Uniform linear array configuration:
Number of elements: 24
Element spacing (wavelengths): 0.25
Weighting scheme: binomial
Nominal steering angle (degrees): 30
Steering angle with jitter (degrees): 29.822
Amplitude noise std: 0.05
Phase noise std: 0.05

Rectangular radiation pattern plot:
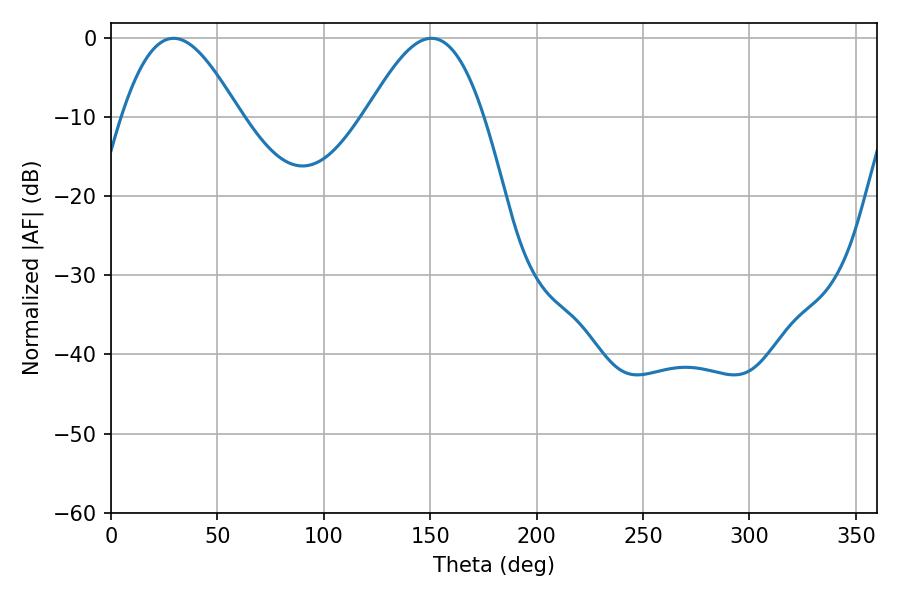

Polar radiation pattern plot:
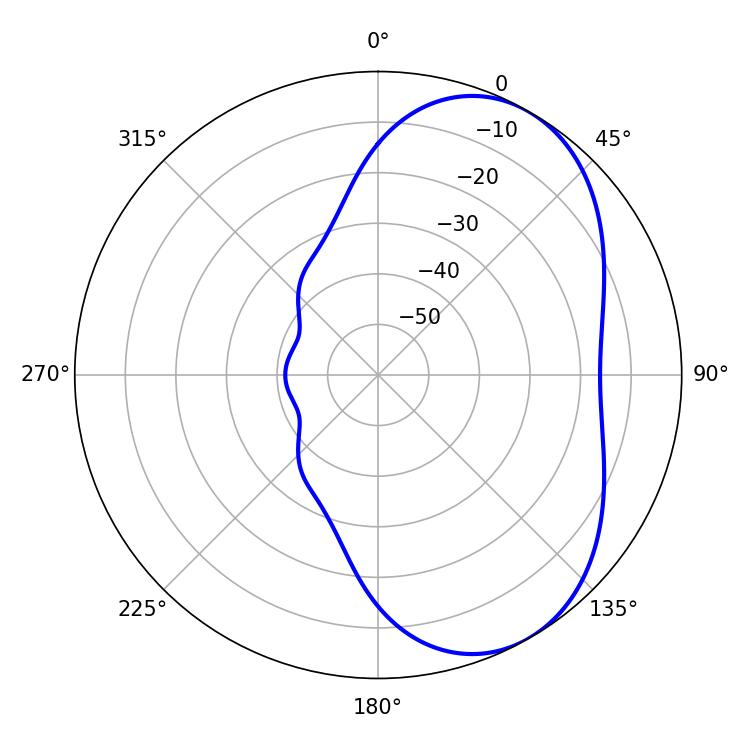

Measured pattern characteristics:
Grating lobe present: FALSE
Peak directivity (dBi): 5.201
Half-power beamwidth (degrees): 29.7
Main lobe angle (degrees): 29.34